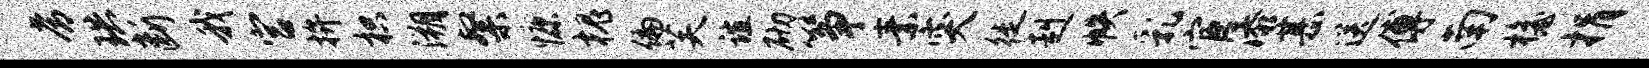
常珙断我宫拚枳溯粲慷槐偏芙谊砌筝素突徙赳帙乳宦添甚送傅南檐捐